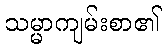
သမ္မာကျမ်းစာ၏